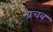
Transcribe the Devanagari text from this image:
वचब